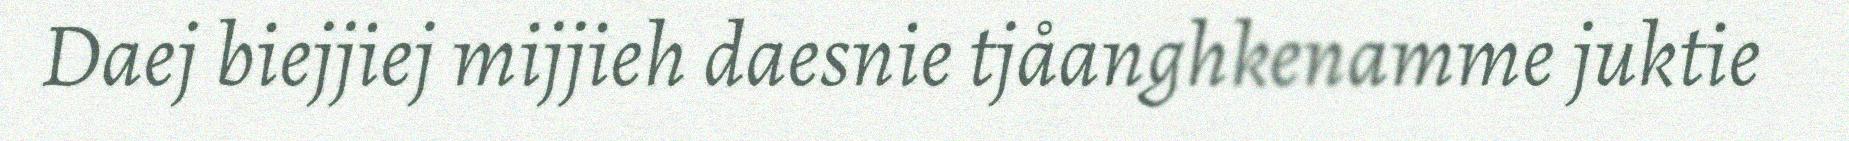
Daej biejjiej mijjieh daesnie tjåanghkenamme juktie